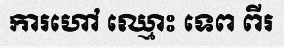
ការហៅ ឈ្មោះ ទេព ពីរ